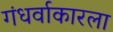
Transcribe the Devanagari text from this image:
गंधर्वाकारला